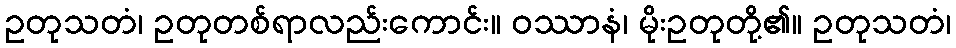
ဥတုသတံ၊ ဥတုတစ်ရာလည်းကောင်း။ ဝဿာနံ၊ မိုးဥတုတို့၏။ ဥတုသတံ၊